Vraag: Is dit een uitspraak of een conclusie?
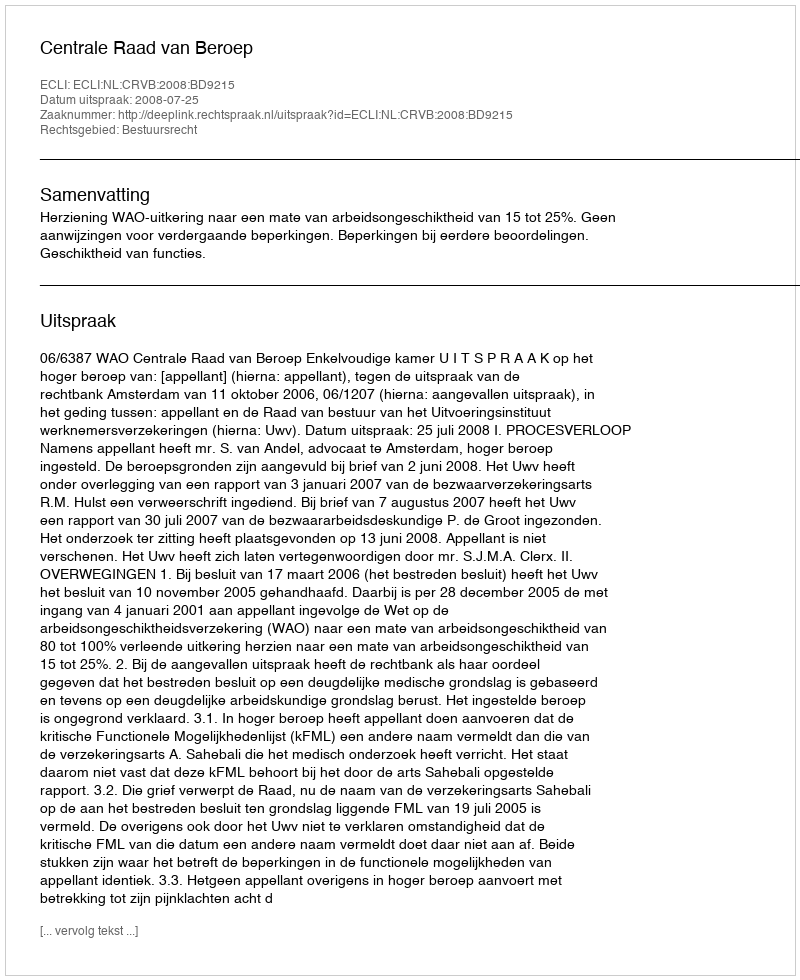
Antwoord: Uitspraak